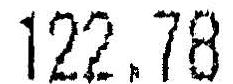
122.78